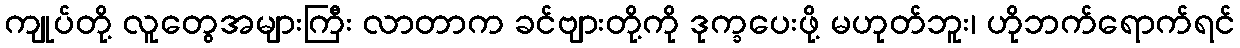
ကျုပ်တို့ လူတွေအများကြီး လာတာက ခင်ဗျားတို့ကို ဒုက္ခပေးဖို့ မဟုတ်ဘူး၊ ဟိုဘက်ရောက်ရင်